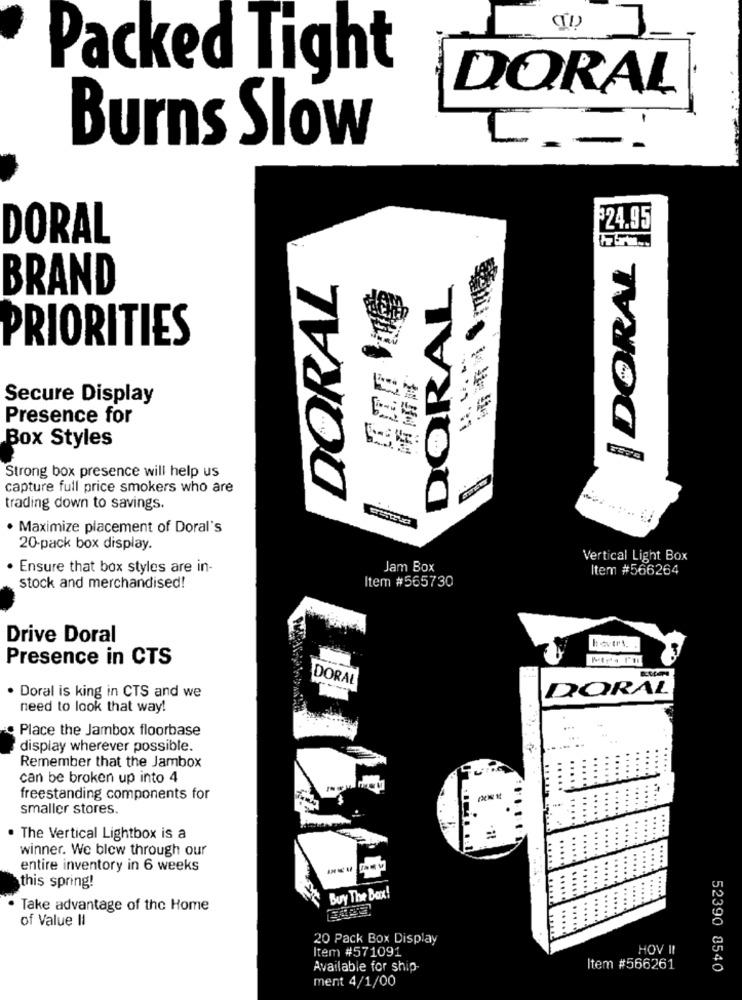
(TI)
Packed Tight
DORAL
Burns Slow
F24.95
DORAL
DORAL
DORAL
DORAL
BRAND
PRIORITIES
Secure Display
Presence for
Box Styles
Strong box presence will help us
capture full price smokers who are
trading down to savings.
· Maximize placement of Doral's
20-pack box display.
Vertical Light Box
. Ensure that box styles are in-
Jam Box
Item #566264
Item #565730
stock and merchandised!
Drive Doral
Presence in CTS
DORAL
. Doral is king in CTS and we
DORAL
need to look that way!
Place the Jambox floorbase
display wherever possible.
Remember that the Jambox
can be broken up into 4
freestanding components for
smaller stores.
. The Vertical Lightbox is a
winner. We blew through our
entire inventory in 6 weeks
this spring!
Buy The Box!
. Take advantage of the Home
of Value II
20 Pack Box Display
Item #571091
HOV II
Available for ship
Item #566261
52390 8540
ment 4/1/00